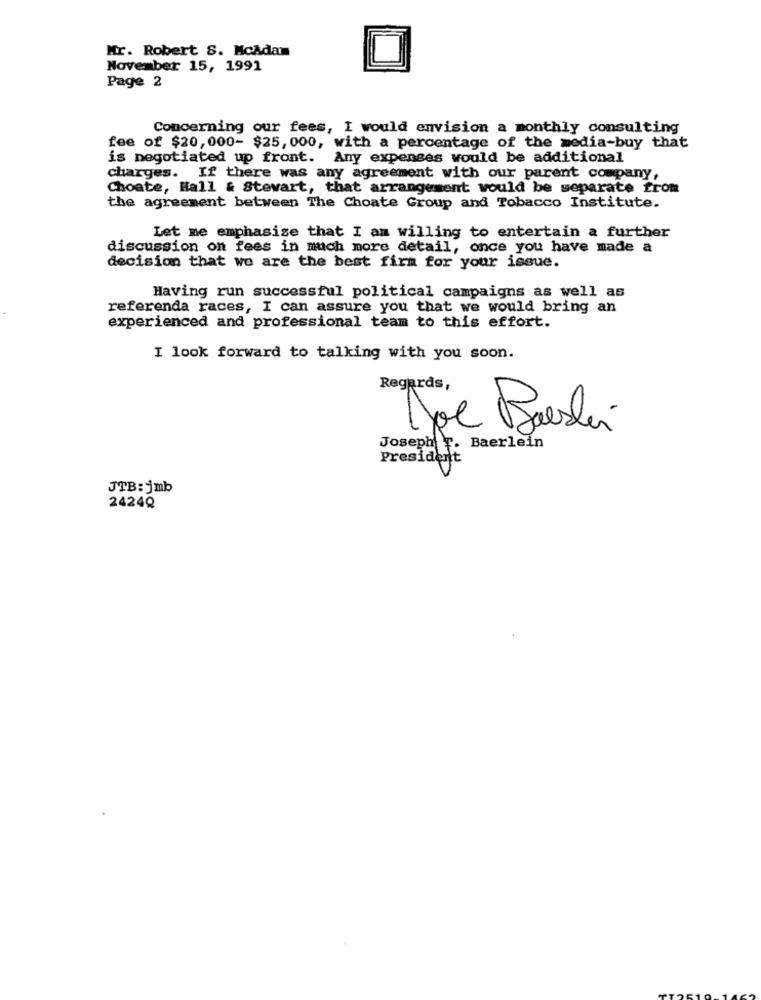
Mr. Robert S. McAdam
November 15, 1991
Page 2
Concerning our fees, I would envision a monthly consulting
fee of $20, 000- $25, 000, with a percentage of the media-buy that
is negotiated up front. Any expenses would be additional
charges. If there was any agreement with our parent company,
Choate, Hall & Stewart, that arrangement would be separate from
the agreement between The Choate Group and Tobacco Institute.
Let me emphasize that I am willing to entertain a further
discussion on fees in much more detail, once you have made a
decision that we are the best firm for your issue.
Having run successful political campaigns as well as
referenda races, I can assure you that we would bring an
experienced and professional team to this effort.
I look forward to talking with you soon.
Regards,
Joe Breslin
Joseph T. Baerlein
President
JTB: jmb
2424Q